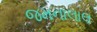
જમનાલાલ